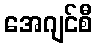
အေဂျင်စီ